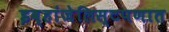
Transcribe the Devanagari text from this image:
इव्हांजेलिस्टपणात